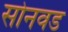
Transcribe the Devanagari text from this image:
सोनवड